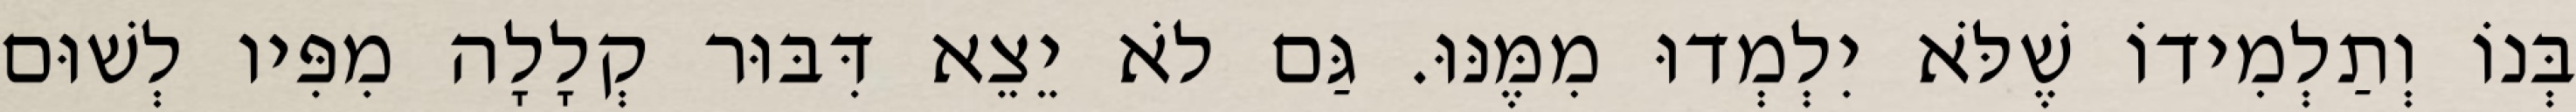
בְּנוֹ וְתַלְמִידוֹ שֶׁלֹּא יִלְמְדוּ מִמֶּנּוּ. גַּם לֹא יֵצֵא דִּבּוּר קְלָלָה מִפִּיו לְשׁוּם